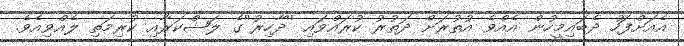
އެއަށްފަހު ދެބައިމީހުން އެއްވެ އުތުރަށް ދަތުރު ކުރައްވައި ''ދާހިރު''ގެ ލަޝްކަރާއި ކުރިމަތި ލެއްވިއެވެ.